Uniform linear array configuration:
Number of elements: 64
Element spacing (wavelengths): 0.25
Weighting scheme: kaiser
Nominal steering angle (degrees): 60
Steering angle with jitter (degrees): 60.05
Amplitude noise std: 0.05
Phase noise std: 0.05

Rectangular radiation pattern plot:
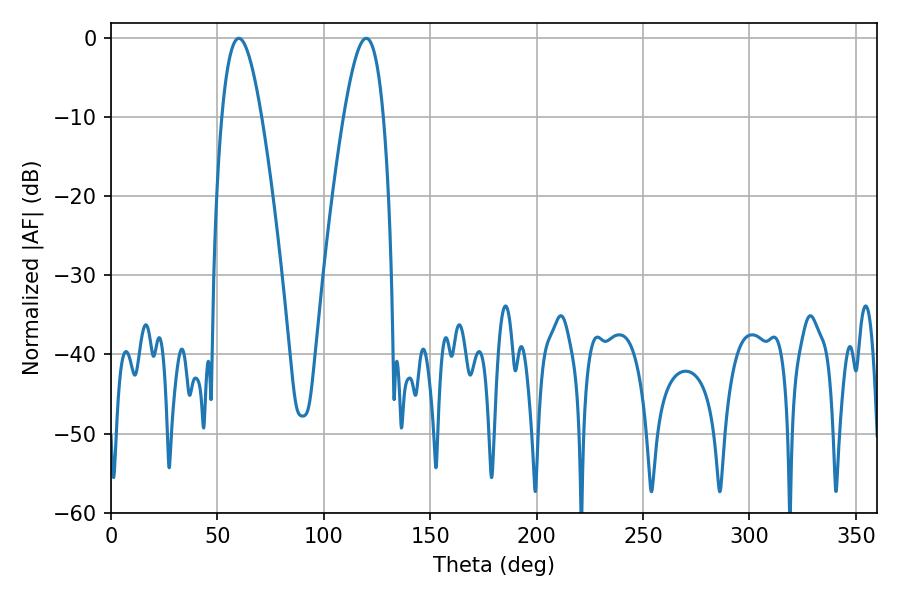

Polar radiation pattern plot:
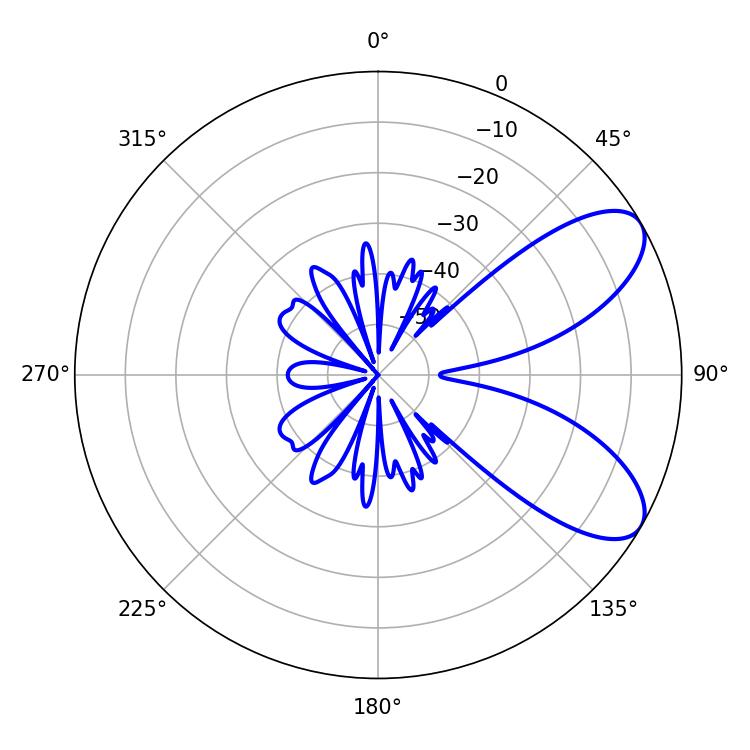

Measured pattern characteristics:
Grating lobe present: FALSE
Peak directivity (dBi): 7.773
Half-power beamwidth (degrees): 10.08
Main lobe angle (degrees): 60.12